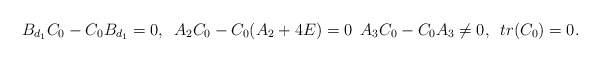
\begin{align*}B_{d_{1}}C_{0}-C_{0}B_{d_{1}}=0,\,\,\, A_{2}C_{0}-C_{0}(A_{2}+4E)=0\,\,\, A_{3}C_{0}-C_{0}A_{3}\neq0,\,\,\, tr(C_{0})=0.\end{align*}